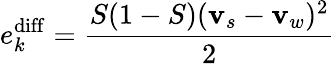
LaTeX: e_{k}^{\mathrm{diff}}=\frac{S(1-S)({\mathbf v}_{s}-{\mathbf v}_{w})^{2}}{2}